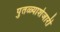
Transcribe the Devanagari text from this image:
पुतळ्याशेजारी